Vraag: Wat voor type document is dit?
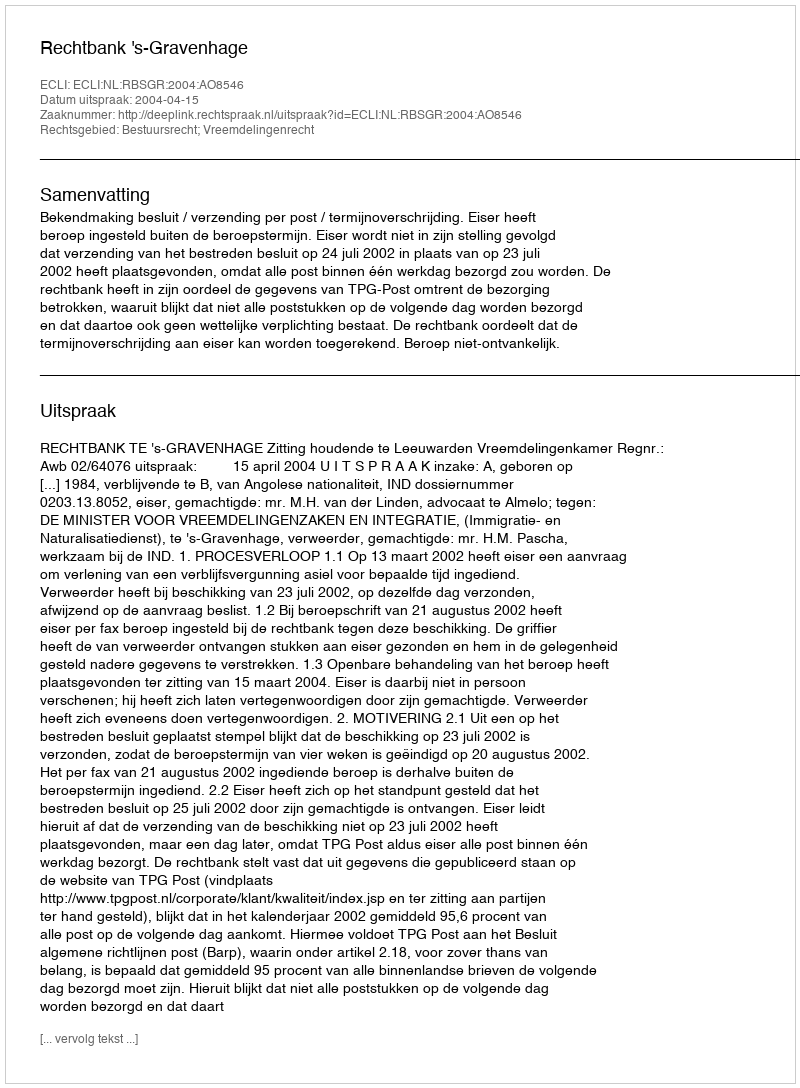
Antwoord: Uitspraak